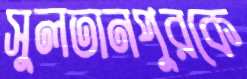
সুলতানপুরকে